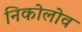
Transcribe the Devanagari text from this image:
निकोलोव